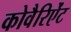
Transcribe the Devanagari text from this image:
कोवैरिऐंट